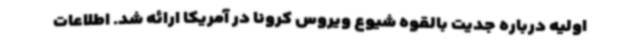
اولیه درباره جدیت بالقوه شیوع ویروس کرونا در آمریکا ارائه شد. اطلاعات